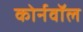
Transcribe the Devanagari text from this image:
कोर्नवॉल